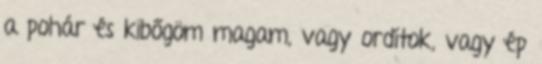
a pohár és kibőgöm magam, vagy ordítok, vagy ép